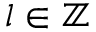
l \in \ensuremath { \mathbb { Z } }